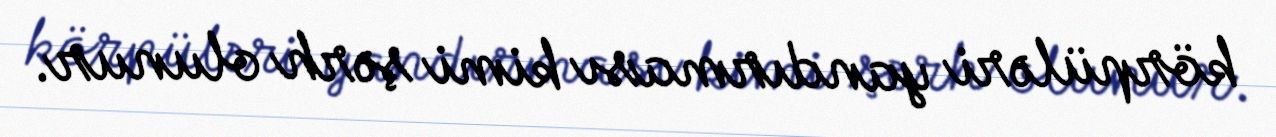
körpüləri yandırması kimi şərh olunur.